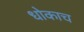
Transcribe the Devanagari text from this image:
धोकाच